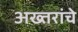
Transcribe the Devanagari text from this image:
अख्तरांचे